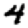
Digit: 4